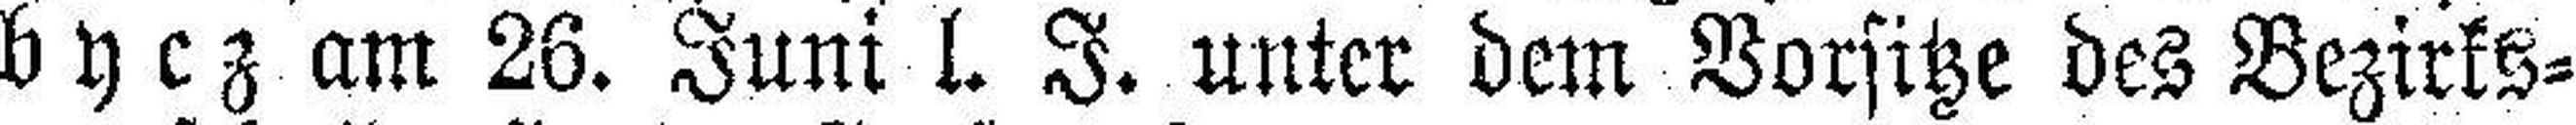
bycz am 26. Juni l. J. unter dem Vorsitze des Bezirks¬